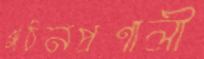
গঠনপ্রণালী